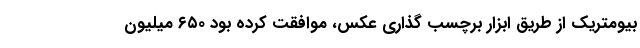
بیومتریک از طریق ابزار برچسب گذاری عکس، موافقت کرده بود ۶۵۰ میلیون